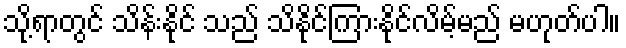
သို့ရာတွင် သိန်းနိုင် သည် သိနိုင်ကြားနိုင်လိမ့်မည် မဟုတ်ပါ။